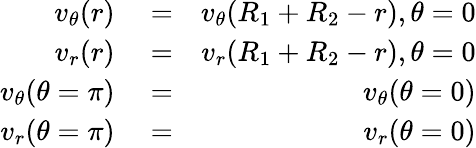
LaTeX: \begin{array}{rlr}{v_{\theta}(r)}&{{}=}&{v_{\theta}(R_{1}+R_{2}-r),\theta=0}\\ {v_{r}(r)}&{{}=}&{v_{r}(R_{1}+R_{2}-r),\theta=0}\\ {v_{\theta}(\theta=\pi)}&{{}=}&{v_{\theta}({\theta=0})}\\ {v_{r}(\theta=\pi)}&{{}=}&{v_{r}(\theta=0)}\end{array}